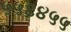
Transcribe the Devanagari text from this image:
५५६४५५